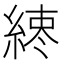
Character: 𦁨